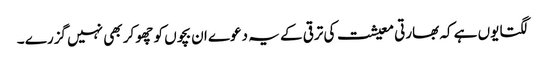
لگتا یوں ہے کہ بھارتی معیشت کی ترقی کے یہ دعوے ان بچوں کو چھو کر بھی نہیں گزرے ۔